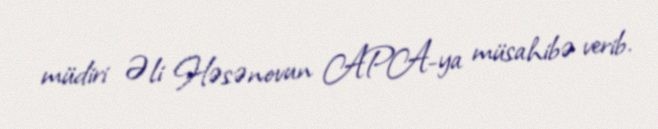
müdiri Əli Həsənovun APA-ya müsahibə verib.